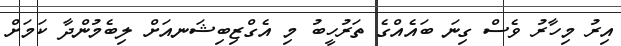
އިރު މިހާރު ވެސް ގިނަ ބައެއްގެ ތަރުހީބު މި އެގްޒިބިޝަނއަށް ލިބެމުންދާ ކަމަށް